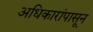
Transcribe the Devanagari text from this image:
अधिकारांपासून